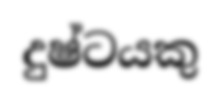
දුෂ්ටයකු